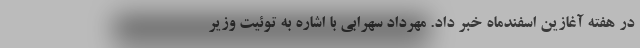
در هفته آغازین اسفندماه خبر داد. مهرداد سهرابی با اشاره به توئیت وزیر